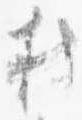
持